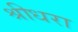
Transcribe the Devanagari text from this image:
श्रीधरा